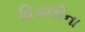
વિડાલીના